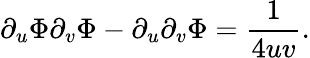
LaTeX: \partial_{u}\Phi\partial_{v}\Phi-\partial_{u}\partial_{v}\Phi=\frac{1}{4uv}.